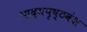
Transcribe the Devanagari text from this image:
आद्यपृष्ठवंश